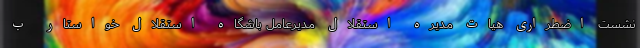
نشست اضطراری هیات مدیره استقلال مدیرعامل باشگاه استقلال خواستار ب